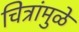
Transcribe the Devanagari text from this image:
चित्रांमुळे